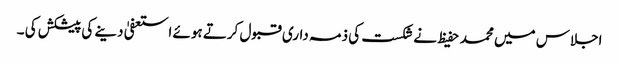
اجلاس میں محمد حفیظ نے شکست کی ذمہ داری قبول کرتے ہوئے استعفیٰ دینے کی پیشکش کی ۔